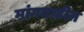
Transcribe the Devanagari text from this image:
मांगवाडीत